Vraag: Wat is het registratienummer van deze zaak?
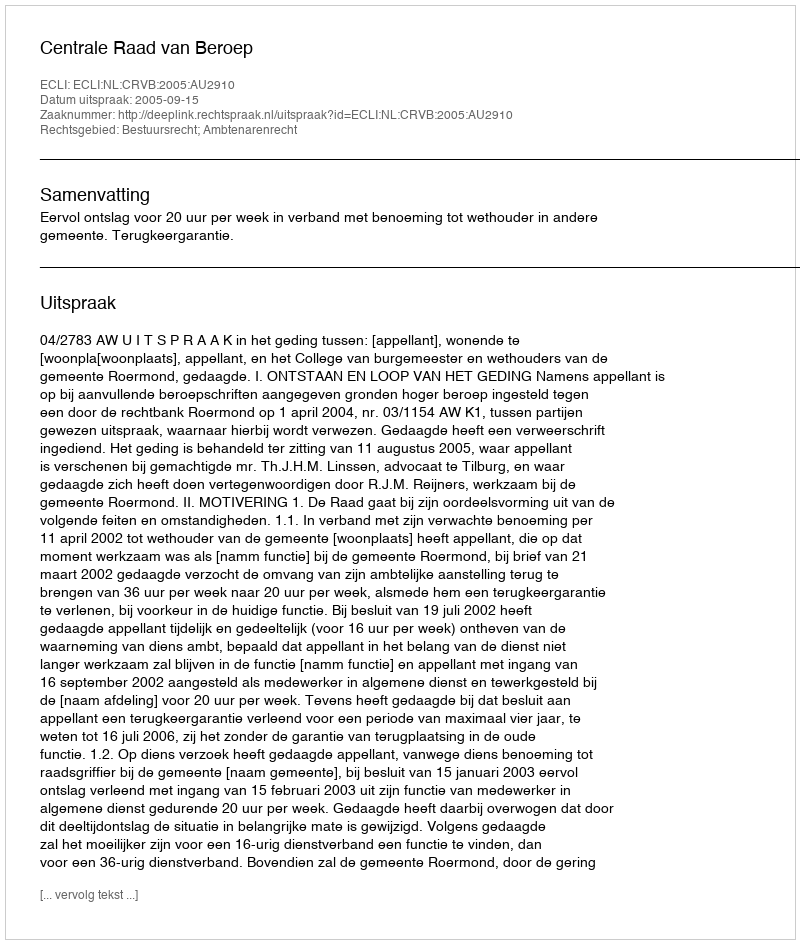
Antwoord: http://deeplink.rechtspraak.nl/uitspraak?id=ECLI:NL:CRVB:2005:AU2910